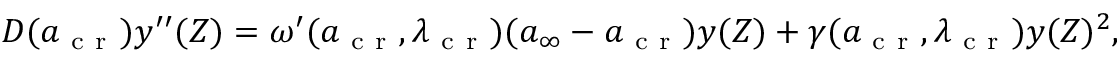
\begin{array} { r } { D ( a _ { \mathrm { ~ c ~ r ~ } } ) y ^ { \prime \prime } ( Z ) = \omega ^ { \prime } ( a _ { \mathrm { ~ c ~ r ~ } } , \lambda _ { \mathrm { ~ c ~ r ~ } } ) ( { a } _ { \infty } - a _ { \mathrm { ~ c ~ r ~ } } ) y ( Z ) + \gamma ( a _ { \mathrm { ~ c ~ r ~ } } , \lambda _ { \mathrm { ~ c ~ r ~ } } ) y ( Z ) ^ { 2 } , } \end{array}